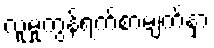
လူမှုကွန်ရက်စာမျက်နှာ